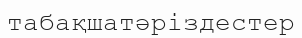
табақшатәріздестер